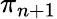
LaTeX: \pi_{n+1}